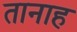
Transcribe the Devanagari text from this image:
तानाह